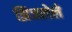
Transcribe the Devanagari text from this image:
झिजलेले